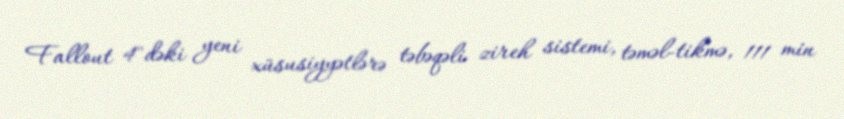
Fallout 4"dəki yeni xüsusiyyətlərə təbəqəli zireh sistemi, təməl-tikmə, 111 min